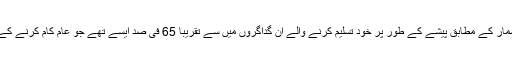
ان اعداد و شمار کے مطابق پیشے کے طور پر خود تسلیم کرنے والے ان گداگروں میں سے تقریباً 65 فی صد ایسے تھے جو عام کام کرنے کے قابل تھے۔